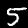
Label: 5